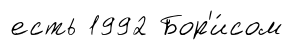
есть 1992 Бор'и́сом